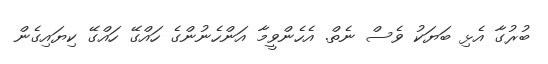
ބުރުގާ އެޅި ބަޔަކު ވެސް ނެތް. އެހެންވީމާ އަންހެނުންގެ ހައްގޭ ހައްގޭ ކިޔައިގެން